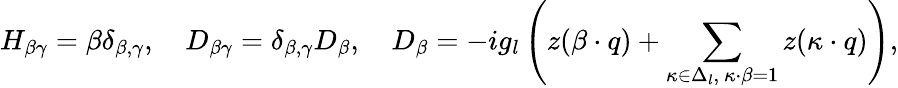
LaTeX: H_{\beta\gamma}=\beta\delta_{\beta,\gamma},\quad D_{\beta\gamma}=\delta_{\beta,\gamma}D_{\beta},\quad D_{\beta}=-ig_{l}\left(z(\beta\cdot q)+\sum_{\kappa\in\Delta_{l},\ \kappa\cdot\beta=1}z(\kappa\cdot q)\right),